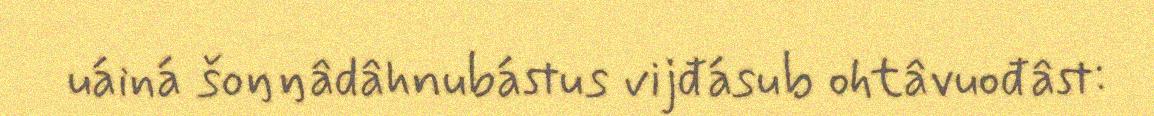
uáiná šoŋŋâdâhnubástus vijđásub ohtâvuođâst: